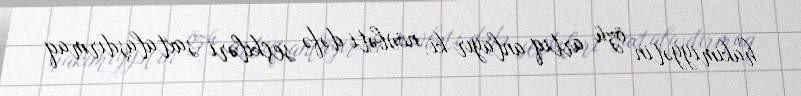
hakimiyyətin özü artıq anlayır ki, növbəti dəfə seçkiləri saxtalaşdırmaq